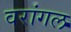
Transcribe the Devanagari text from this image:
वरांगल